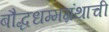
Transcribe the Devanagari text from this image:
बौद्धधम्मग्रंथाची